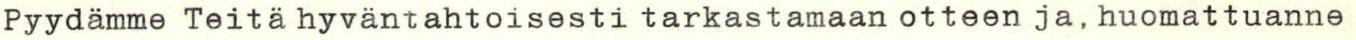
Pyydämme Teitä hyväntahtoisesti tarkastamaan otteen ja, huomattuanne